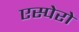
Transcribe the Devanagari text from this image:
एस्पेरो